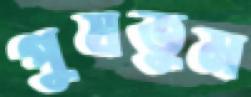
পুষতুম